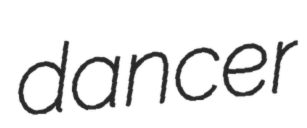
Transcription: dancer